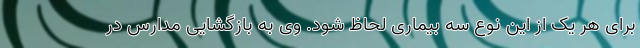
برای هر یک از این نوع سه بیماری لحاظ شود. وی به بازگشایی مدارس در